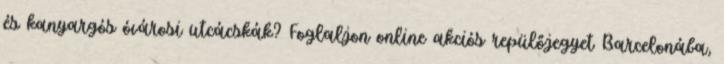
és kanyargós óvárosi utcácskák? Foglaljon online akciós repülőjegyet Barcelonába,